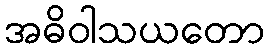
အဓိဝါသယတော